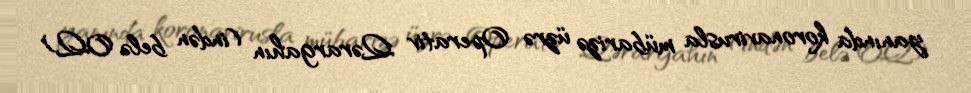
yanında koronavirusla mübarizə üzrə Operativ Qərargahın (indən belə OQ)